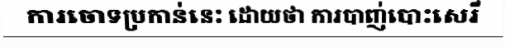
ការចោទប្រកាន់នេះ ដោយថា ការបាញ់បោះសេរី